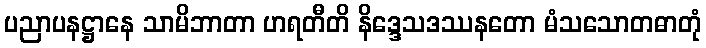
ပညာပနဋ္ဌာနေ သာမိဘာတာ ဟရတီတိ နိဒ္ဒေသဒဿနတော မံသသောတဓာတုံ